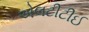
એલટીટીઈ